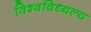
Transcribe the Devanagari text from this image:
विश्वविध्यल्य